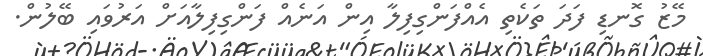
މޭޒު ގޮނޑި ފަދަ ތަކެތި އެއްފަންގިފިލާ އިން އަނެއް ފަންގިފިލާއަށް އަރުވައި ބޭލުން.